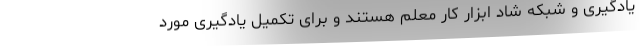
یادگیری و شبکه شاد ابزار کار معلم هستند و برای تکمیل یادگیری مورد